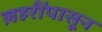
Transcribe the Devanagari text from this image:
लहरींपासून